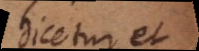
Dicetur et